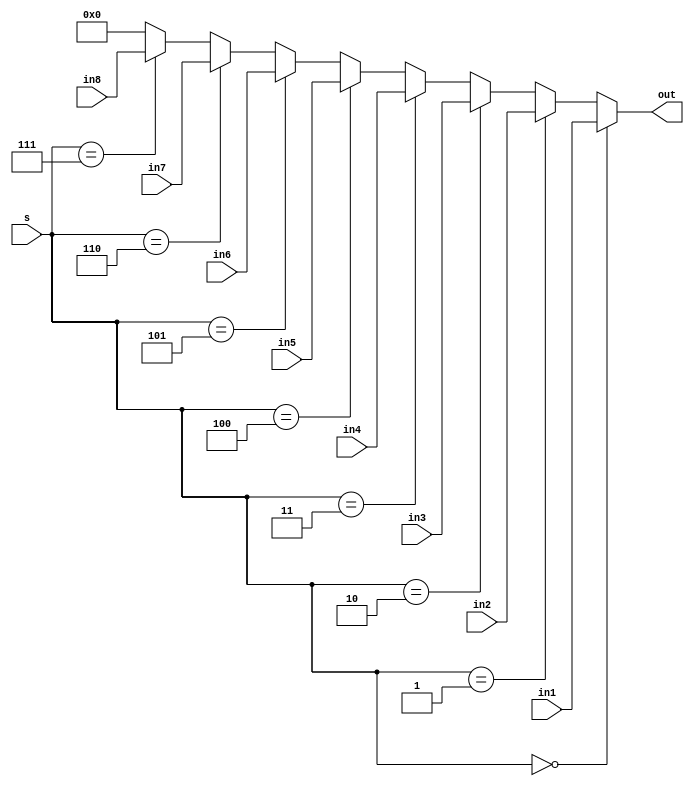
/*
    CS/ECE 552 Spring '22
    Homework #1, Problem 1

    a 16-bit 8-1 Mux template
*/
module mux8_1_16b(out, in1, in2, in3, in4, in5, in6, in7, in8, s);

    // parameter N for length of inputs and outputs (to use with larger inputs/outputs)
    parameter N = 16;

    output [N-1:0]  out;
    input [N-1:0]   in1, in2, in3, in4, in5, in6, in7, in8;
    input [2:0]     s;


    assign out = (s == 3'b000) ? in1 :
	         (s == 3'b001) ? in2 :
		 (s == 3'b010) ? in3 :
		 (s == 3'b011) ? in4 :
		 (s == 3'b100) ? in5 :
		 (s == 3'b101) ? in6 :
		 (s == 3'b110) ? in7 :
		 (s == 3'b111) ? in8 :
		 16'b0000000000000000;


endmodule